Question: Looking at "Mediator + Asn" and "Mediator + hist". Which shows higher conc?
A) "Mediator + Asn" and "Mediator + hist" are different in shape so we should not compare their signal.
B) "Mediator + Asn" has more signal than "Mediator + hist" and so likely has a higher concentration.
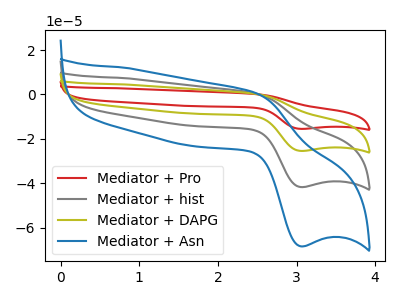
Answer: <think>The red curve "Mediator + Pro" has an anodic peak at (2.50V, 1.25uA) and a cathodic peak at (3.05V, -125.15uA). The gray curve "Mediator + hist" has an anodic peak at (2.50V, 0.40uA) and a cathodic peak at (3.05V, -41.70uA). The olive curve "Mediator + DAPG" has an anodic peak at (2.50V, 0.85uA) and a cathodic peak at (3.05V, -83.45uA). The blue curve "Mediator + Asn" has an anodic peak at (2.50V, 0.70uA) and a cathodic peak at (3.05V, -68.40uA).
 All the peaks in "Mediator + Asn" have a peak in "Mediator + hist" at the same potential. Every peak in "Mediator + Asn" is higher than every peak in "Mediator + hist".</think>
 <answer>B) "Mediator + Asn" has more signal than "Mediator + hist" and so likely has a higher concentration.</answer>
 <eval>B</eval>